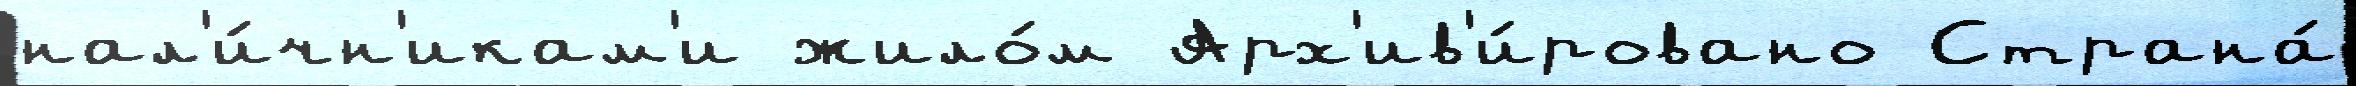
нал'и́чн'икам'и жило́м Арх'ив'и́ровано Страна́